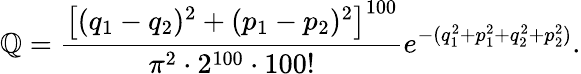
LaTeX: \mathbb{Q}=\frac{{\left[(q_{1}-q_{2})^{2}+(p_{1}-p_{2})^{2}\right]^{100}}}{{\pi^{2}\cdot2^{100}\cdot100!}}e^{-(q_{1}^{2}+p_{1}^{2}+q_{2}^{2}+p_{2}^{2})}.